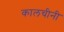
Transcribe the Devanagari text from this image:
कालचीनी